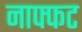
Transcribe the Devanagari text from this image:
नाफ्फट